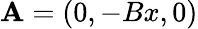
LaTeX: \mathbf{A}=(0,-Bx,0)